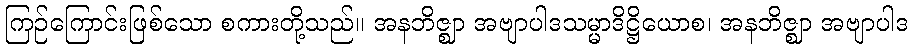
ကြဉ်ကြောင်းဖြစ်သော စကားတို့သည်။ အနဘိဇ္ဈာ အဗျာပါဒသမ္မာဒိဋ္ဌိယောစ၊ အနဘိဇ္ဈာ အဗျာပါဒ